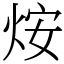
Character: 𤇼